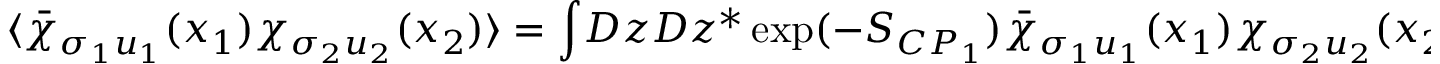
\langle \bar { \chi } _ { \sigma _ { 1 } u _ { 1 } } ( x _ { 1 } ) \chi _ { \sigma _ { 2 } u _ { 2 } } ( x _ { 2 } ) \rangle = \int \! { \cal D } z { \cal D } z ^ { * } \exp ( - S _ { C P _ { 1 } } ) \bar { \chi } _ { \sigma _ { 1 } u _ { 1 } } ( x _ { 1 } ) \chi _ { \sigma _ { 2 } u _ { 2 } } ( x _ { 2 } ) ~ .